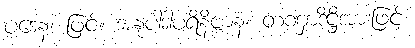
ပဒေန၊ ဖြင့်။ အနုပါဒါပရိနိဗ္ဗာနံ၊ တဏှာဒိဋ္ဌိအားဖြင့်